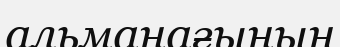
альманағының